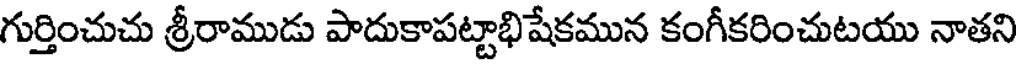
గుర్తించుచు శ్రీరాముడు పాదుకాపట్టాభిషేకమున కంగీకరించుటయు నాతని